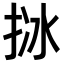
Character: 𢬄